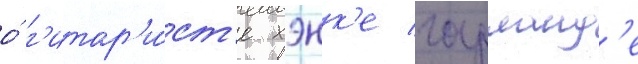
о́ г'итар'и́ст'е хэнк'е гарланд'е